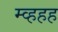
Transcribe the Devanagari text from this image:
म्व्हहह